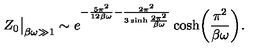
Z _ { 0 } \big | _ { \beta \omega \gg 1 } \sim e ^ { - \frac { 5 \pi ^ { 2 } } { 1 2 \beta \omega } - \frac { 2 \pi ^ { 2 } } { 3 \sinh \frac { 2 \pi ^ { 2 } } { \beta \omega } } } \cosh \biggl ( \frac { \pi ^ { 2 } } { \beta \omega } \biggr ) .